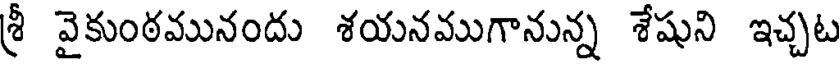
శ్రీ వైకుంఠమునందు శయనముగానున్న శేషుని ఇచ్చట